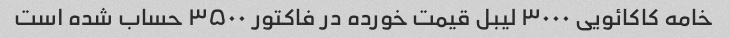
خامه کاکائویی ۳۰۰۰ لیبل قیمت خورده در فاکتور ۳۵۰۰ حساب شده است